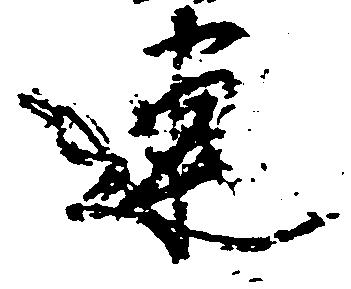
連